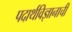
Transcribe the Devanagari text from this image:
पदार्थविज्ञानाची